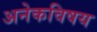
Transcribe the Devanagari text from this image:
अनेकविषय